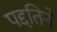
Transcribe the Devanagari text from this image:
पद्दतिने